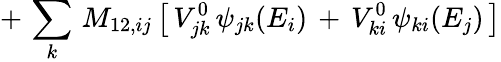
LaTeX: +\, \sum_{k}\, M_{12,ij}\, \big[\, V_{jk}^{0}\, \psi_{jk}(E_{i})\, +\, V_{ki}^{0}\, \psi_{ki}(E_{j})\, \big]